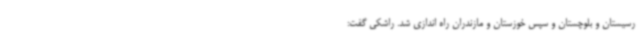
رسیستان و بلوچستان و سپس خوزستان و مازندران راه اندازی شد. راشکی گفت: